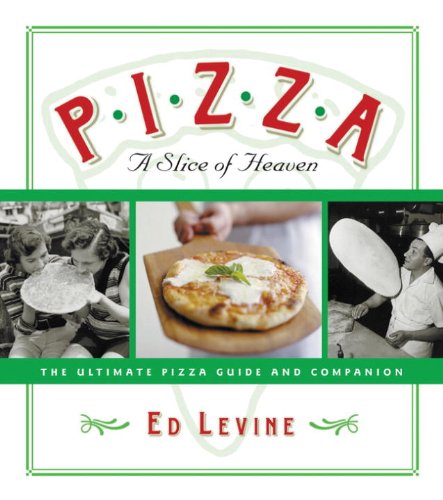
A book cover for Pizza: A Slice of Heaven: The Ultimate Pizza Guide and Companion; Ed Levine; Cookbooks, Food & Wine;